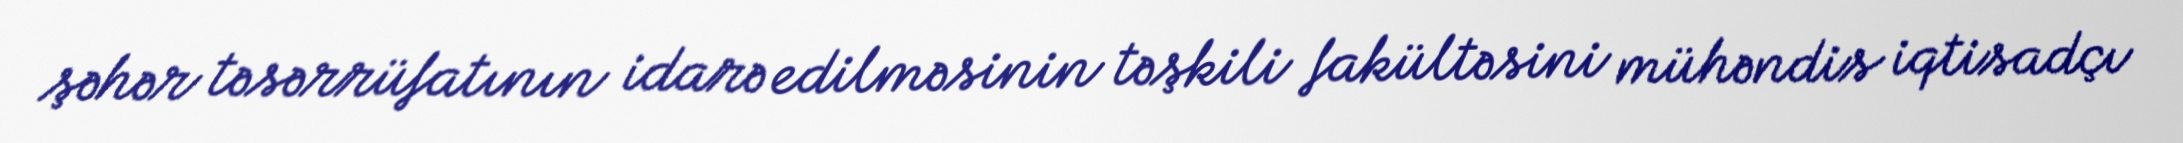
şəhər təsərrüfatının idarə edilməsinin təşkili fakültəsini mühəndis iqtisadçı